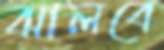
ঝালবে